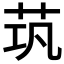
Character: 茿